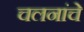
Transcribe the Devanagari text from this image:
चलनांचे